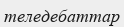
теледебаттар